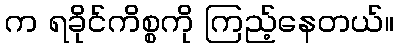
က ရခိုင်ကိစ္စကို ကြည့်နေတယ်။